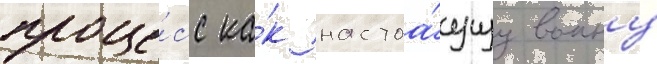
проце́сс ка́к настоа́щуу воину